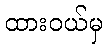
ထားဝယ်မှ